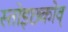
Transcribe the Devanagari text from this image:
स्तोइछ्कोव्